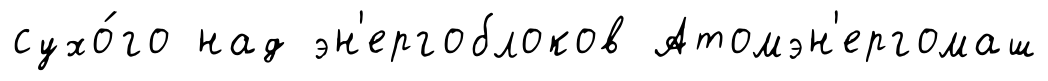
сухо́го над эн'ергоблоков Атомэн'ергомаш